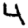
Digit: 4